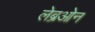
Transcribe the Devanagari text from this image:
लेब्रओन